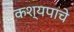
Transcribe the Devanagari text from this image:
कश्यपाचे